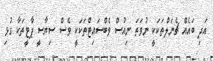
އަދި ބައެއް ޗެނަލްތަކަކީ ނުވަތަ ނިއުސް ވެބްސައިޓްތަކަކީ ވެސް ސިޔާސީ ޕާޓީތަކާ ގުޅި